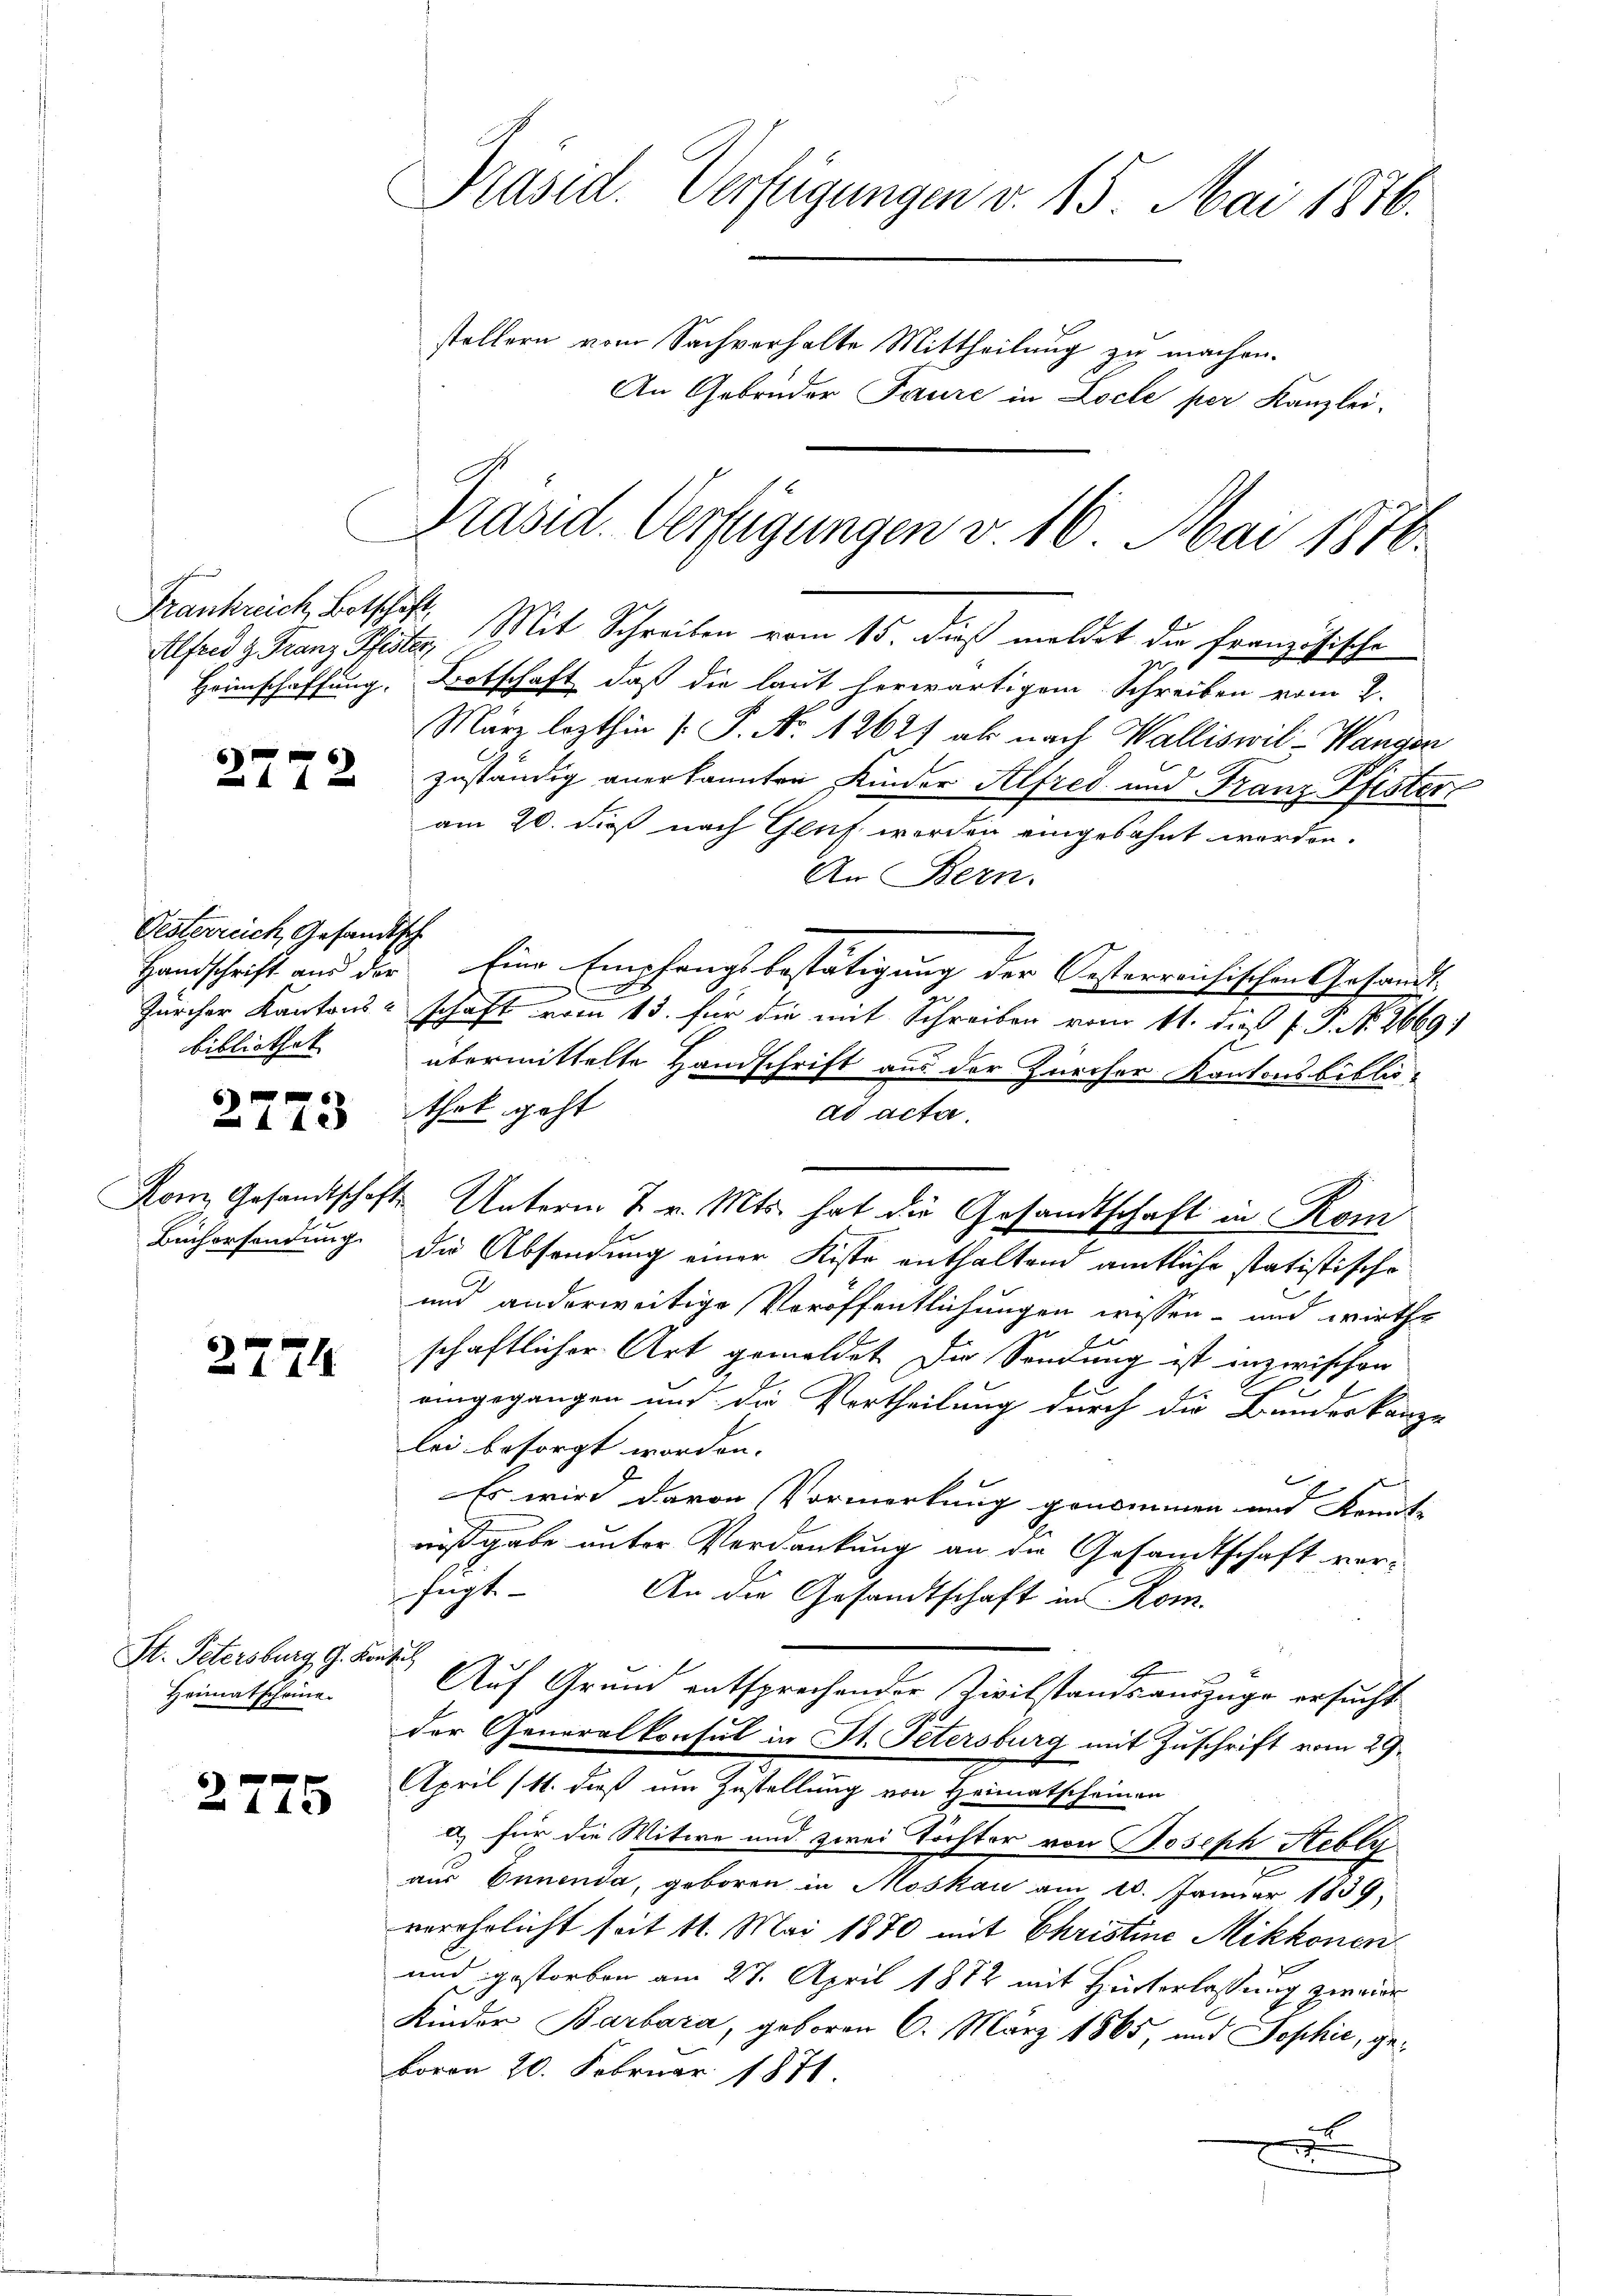
Frankreich, Botschaft,

2772

Oesterreich, Gesandtsch

2143

Kom Gesandtschaf
Büchersendung.

2774

St. Petersburg, G. Kon
Heimatscheine

2775

Präsid. Verfügungen v. 15. Mai 1876.
stellern vom Sachverhalte Mittheilung zu machen.
An Gebra
den
e
ire in Loc
le se
er Kanzlei.
Präsid. Verfügungen v. 16. Mai 1876.

Alferd u. Franz Pfister, Mit Schreiben vom 15. dieß meldet die französische

Heimschaffung. Botschaft, daß die laut herwärtigem Schreiben vom 2.
März lezthin 1 S. Nr. 12627 ab nach Walliswil-Wangen
zuständig anerkannten Kinder Alfred und Franz Pfister
am 20. dieß nach Gluf werden eingesehnt werden.
An Bern.
Handschrift aus der Eine Empfangsbestätigung der Oesterreichischen Gesandt
1
Zürcher Kantonsschaft vom 13. für die mit Schreiben vom 11. dieß P. P. Nr. 2669:
.
bibliothek übermittelte Handschrift aus der Zürcher Kantonsbibliothek geht
ad acta.
1 Unterm 7. v. Mts. hat die Gesandtschaft in Kom
die Absendung einer Kiste enthaltend amtliche statistische
und anderweitige Veröffentlichungen wissen- und wirths
1
schaftlicher Art gemeldet. Die Sondung ist inzwischen
eingegangen und die Vortheilung durch die Bundeskanze
lei besorgt worden. |
we
Es wird davon Vormerkung genommen und Kennt-
nißgabe unter Verdankung an die Gesandtschaft verfügt
An die Gesandtschaft in Rom.
chtig
2
Auf Grund entsprechender Zivilstandsauszüge ersucht
der Generalkonsul in St. Petersburg mit Zuschrift vom 29.
April (11. dieß um Zustellung von Heimatscheinen
a) für die Witwe und zwei Töchter von Joseph Sebly
aus Ennenda, geboren in Moskau am 10. Januar 1839,
verehrlicht seit 11. Mai 1870 mit Christine Mikkonen
und gestorben am 27. April 1882 mit Hinterlassung zweier
Kinder Barbara, geboren 6. März 1865, und Jophie, geboron 20. Februar 1871
.